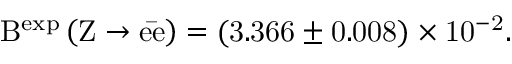
\mathrm { B ^ { e x p } \left( \mathrm { Z \rightarrow e \bar { e } } \right) = ( 3 . 3 6 6 \pm 0 . 0 0 8 ) \times 1 0 ^ { - 2 } . }